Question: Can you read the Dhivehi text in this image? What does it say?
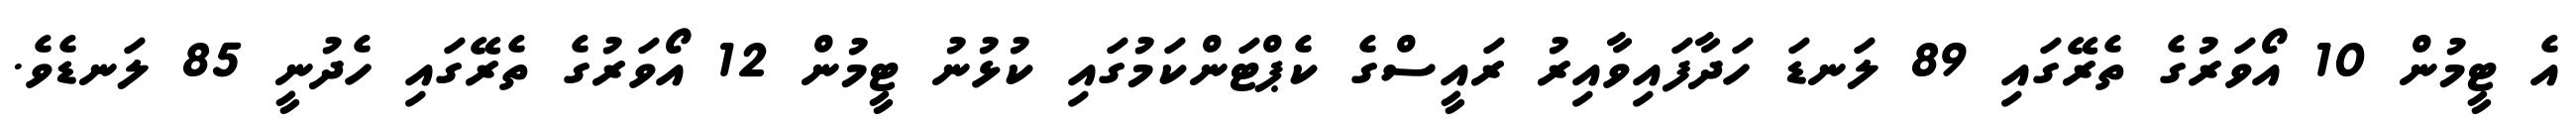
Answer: އެ ޓީމުން 10 އޯވަރުގެ ތެރޭގައި 89 ލަނޑަ ހަދާފައިވާއިރު ރައީސްގެ ކެޕްޓަންކަމުގައި ކުޅުނު ޓީމުން 12 އޯވަރުގެ ތެރޭގައި ހެދުނީ 85 ލަނޑެވެ.